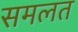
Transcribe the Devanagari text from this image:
समलत